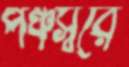
পঞ্চস্বরে